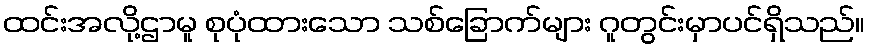
ထင်းအလို့ဌာမူ စုပုံထားသော သစ်ခြောက်များ ဂူတွင်းမှာပင်ရှိသည်။